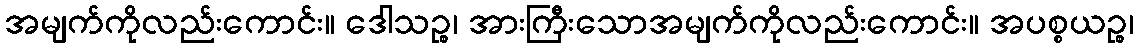
အမျက်ကိုလည်းကောင်း။ ဒေါသဉ္စ၊ အားကြီးသောအမျက်ကိုလည်းကောင်း။ အပစ္စယဉ္စ၊